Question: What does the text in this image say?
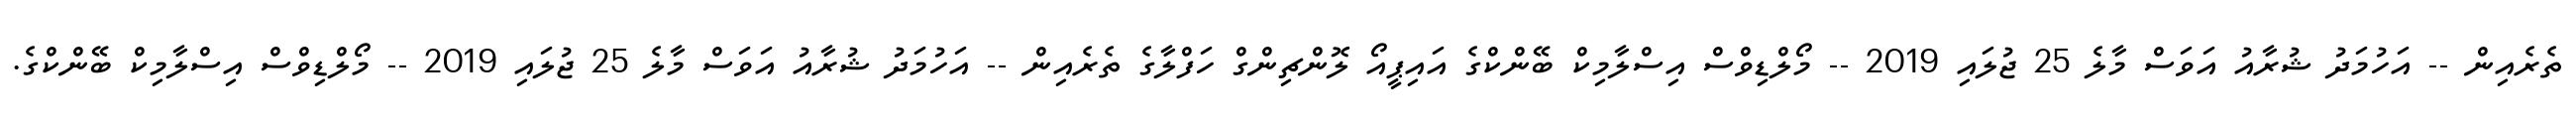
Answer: ތެރެއިން -- އަހުމަދު ޝުރާއު އަވަސް މާލެ 25 ޖުލައި 2019 -- މޯލްޑިވްސް އިސްލާމިކް ބޭންކްގެ އައިޕީއޯ ލޮންޗިންގް ހަފްލާގެ ތެރެއިން -- އަހުމަދު ޝުރާއު އަވަސް މާލެ 25 ޖުލައި 2019 -- މޯލްޑިވްސް އިސްލާމިކް ބޭންކްގެ.